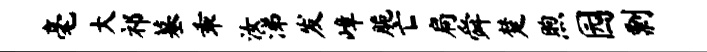
毫大祁墓乖汝涕发嶂脆亡扃舜楚煦园剽